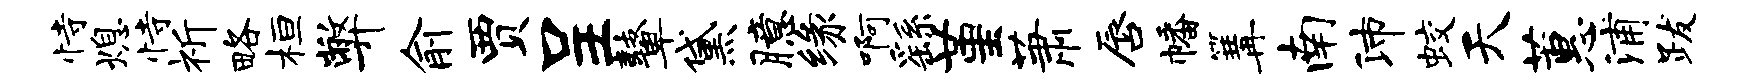
恃熄恃祈略桓弊俞贾呈鼙黛臆缘啊繇堇萧唇幡篝南沛蛟天蕙浦跋